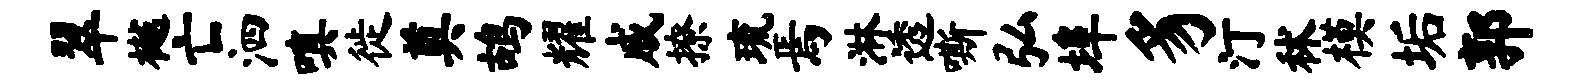
翠樾亡泗嗔徙奠鸪耀戚撩琉焉淋透嘶弘埠豸汀秫模垢郭